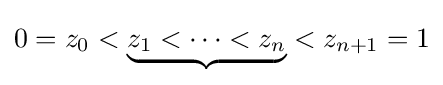
0=z_{0}<\underbrace {z_{1}<\dotsb <z_{n}} <z_{n+1}=1